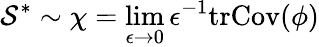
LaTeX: \mathcal{S}^{*}\sim\chi=\operatorname*{lim}_{\epsilon\to 0}\epsilon^{-1}\mathrm{tr}\mathrm{Cov}(\phi)